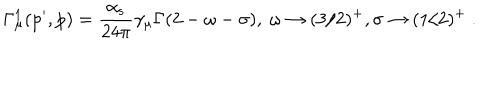
LaTeX: \mathrm { \Gamma _ { \ m u } ^ { 1 } ( p ^ { \prime } , p ) = \frac { \ a l p h a _ { s } } { 2 4 \ p i } \ g a m m a _ { \ m u } \Gamma ( 2 - \ o m e g a - \ s i g m a ) , ~ \ o m e g a \to ( 3 / 2 ) ^ { + } , \ s i g m a \to ( 1 / 2 ) ^ { + } ~ . }